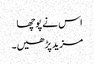
اس نے پوچھا
مزید پڑھیں۔